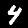
Label: 4